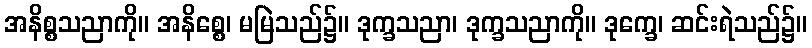
အနိစ္စသညာကို။ အနိစ္စေ၊ မမြဲသည်၌။ ဒုက္ခသညာ၊ ဒုက္ခသညာကို။ ဒုက္ခေ၊ ဆင်းရဲသည်၌။